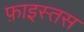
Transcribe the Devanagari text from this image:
फ़ाइस्तस